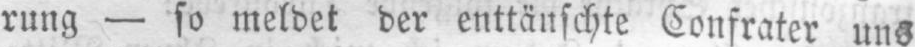
rung - so meldet der enttäuschte Confrater uns